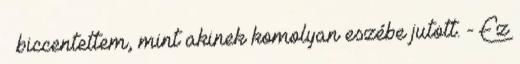
– biccentettem, mint akinek komolyan eszébe jutott. - Ez